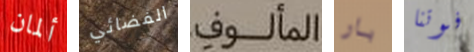
ألمان الفضائي المألوف بار فوتنا